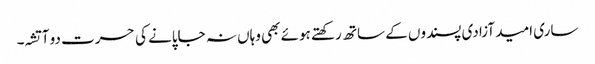
ساری امید آزادی پسندوں کے ساتھ رکھتے ہوئے بھی وہاں نہ جاپانے کی حسرت دو آتشہ۔